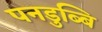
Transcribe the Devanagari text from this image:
पनडुब्बि